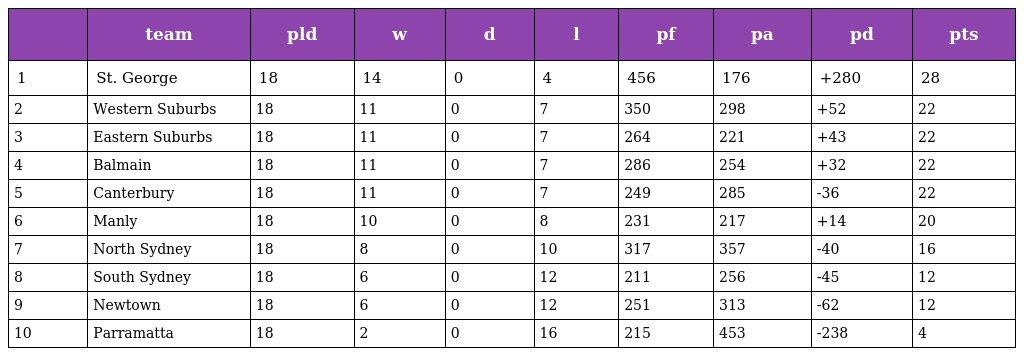
|  | team | pld | w | d | l | pf | pa | pd | pts |
 | --- | --- | --- | --- | --- | --- | --- | --- | --- | --- |
 | 1 | St. George | 18 | 14 | 0 | 4 | 456 | 176 | +280 | 28 |
 | 2 | Western Suburbs | 18 | 11 | 0 | 7 | 350 | 298 | +52 | 22 |
 | 3 | Eastern Suburbs | 18 | 11 | 0 | 7 | 264 | 221 | +43 | 22 |
 | 4 | Balmain | 18 | 11 | 0 | 7 | 286 | 254 | +32 | 22 |
 | 5 | Canterbury | 18 | 11 | 0 | 7 | 249 | 285 | -36 | 22 |
 | 6 | Manly | 18 | 10 | 0 | 8 | 231 | 217 | +14 | 20 |
 | 7 | North Sydney | 18 | 8 | 0 | 10 | 317 | 357 | -40 | 16 |
 | 8 | South Sydney | 18 | 6 | 0 | 12 | 211 | 256 | -45 | 12 |
 | 9 | Newtown | 18 | 6 | 0 | 12 | 251 | 313 | -62 | 12 |
 | 10 | Parramatta | 18 | 2 | 0 | 16 | 215 | 453 | -238 | 4 |